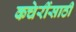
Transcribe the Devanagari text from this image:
कचेरींसाठी